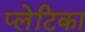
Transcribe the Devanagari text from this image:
प्लेटिका